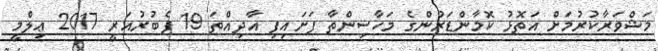
މަޝްވަރާކުރުމަށް އަތޮޅު ކޮމާންޑަރުންގެ މަހާސިންތާ ފަށައިފި އާދިއްތަ 19 ފެބުރުއަރީ 2017 ޢިލްމީ